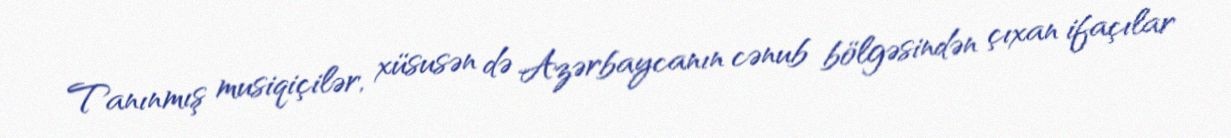
Tanınmış musiqiçilər, xüsusən də Azərbaycanın cənub bölgəsindən çıxan ifaçılar